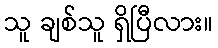
သူ ချစ်သူ ရှိပြီလား။